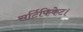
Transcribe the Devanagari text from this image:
सर्टिफिकेट।